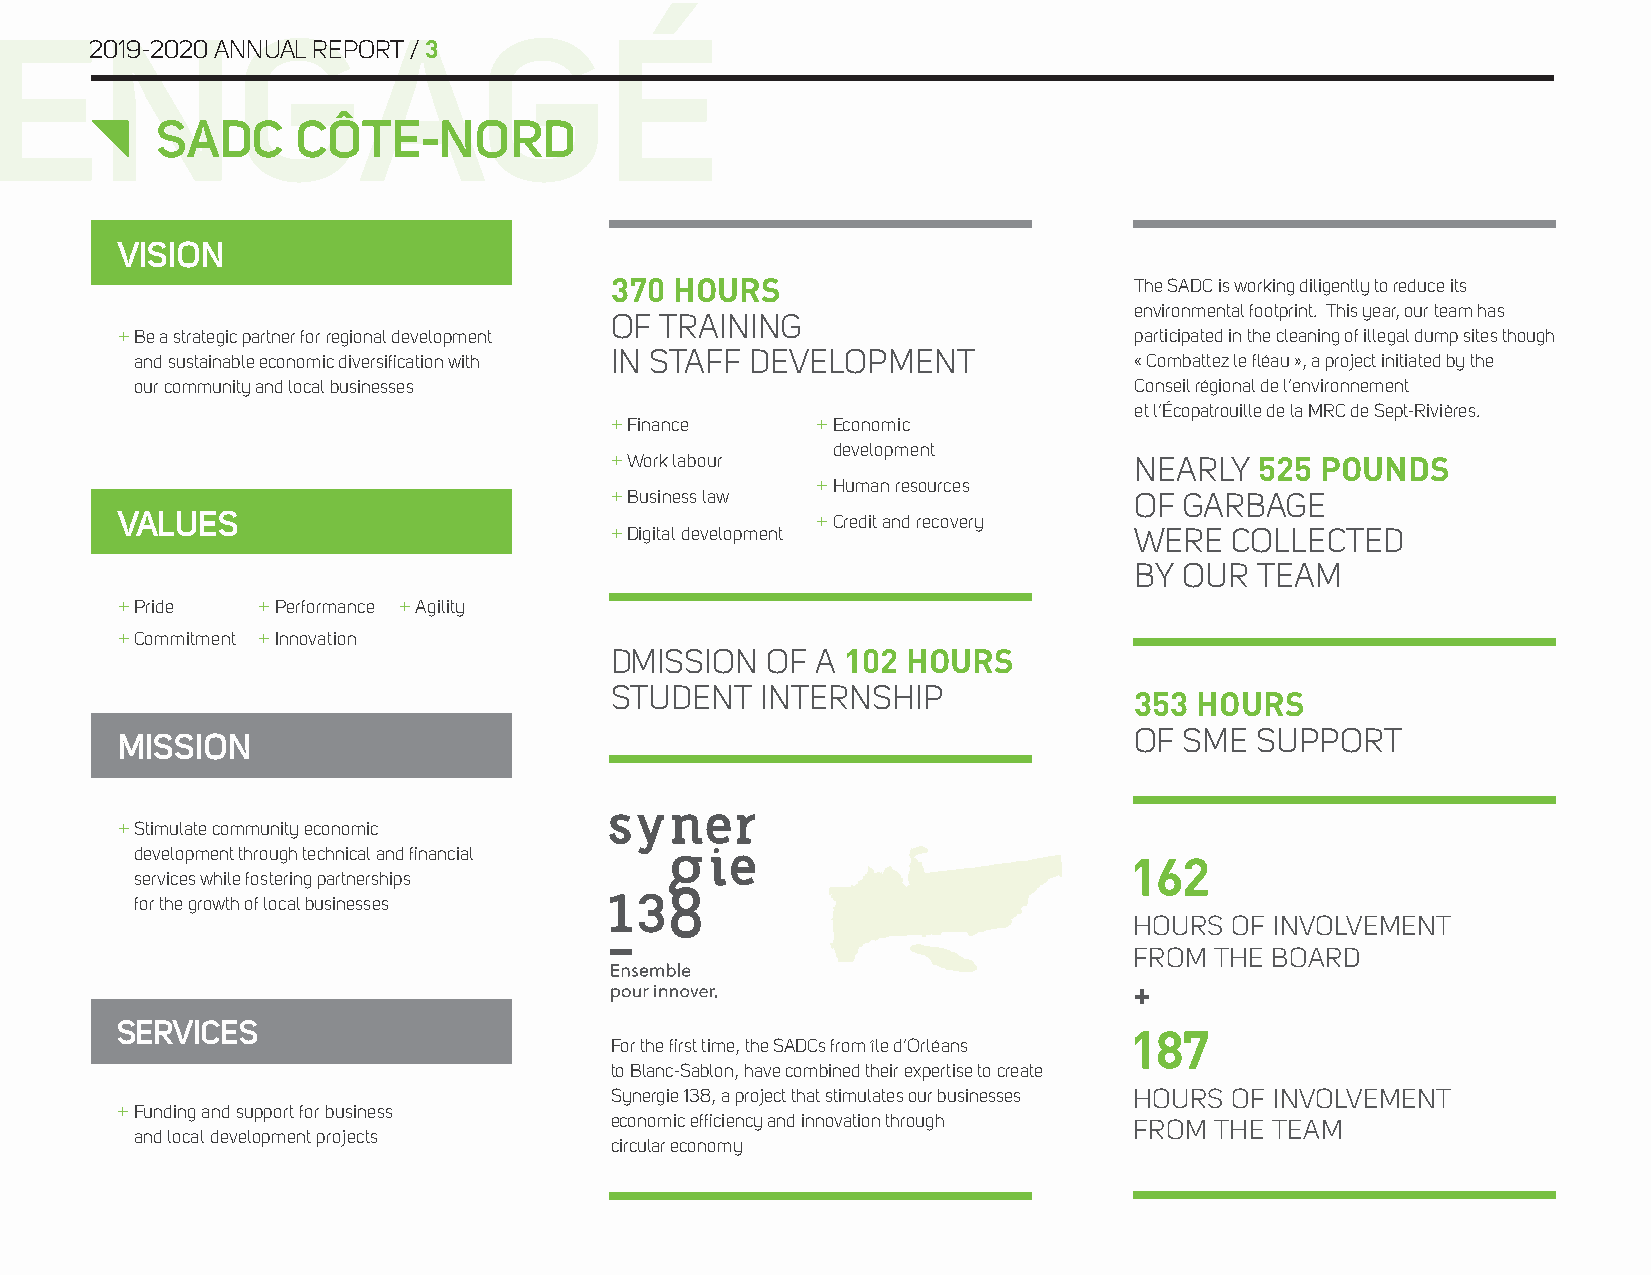
2019-2020 ANNUAL REPORT / 3
 SADC      CÔTE-NORD
 VISION
 370  HOURS                         The SADC is working diligently to reduce its
 environmental footprint. This year, our team has
 OF  TRAINING
 + Be a strategic partner for regional development                  participated in the cleaning of illegal dump sites though
 and sustainable economic diversification with IN STAFF DEVELOPMENT « Combattez le fléau », a project initiated by the
 our community and local businesses                                Conseil régional de l’environnement
 et l’Écopatrouille de la MRC de Sept-Rivières.
 + Finance     + Economic
 development
 + Work labour                      NEARLY  525 POUNDS
 + Human resources
 + Business law                     OF GARBAGE
 VALUES                                        + Credit and recovery
 + Digital development              WERE   COLLECTED
 BY OUR  TEAM
 + Pride  + Performance + Agility
 + Commitment + Innovation
 DMISSION   OF A 102 HOURS
 STUDENT   INTERNSHIP
 353 HOURS
 MISSION                                                            OF SME  SUPPORT
 + Stimulate community economic
 development through technical and financial
 1 62
 services while fostering partnerships
 for the growth of local businesses
 HOURS OF INVOLVEMENT
 FROM THE BOARD
 +
 SERVICES
 187
 For the first time, the SADCs from île d’Orléans
 to Blanc-Sablon, have combined their expertise to create
 Synergie 138, a project that stimulates our businesses HOURS OF INVOLVEMENT
 + Funding and support for business
 economic efficiency and innovation through
 FROM THE TEAM
 and local development projects
 circular economy